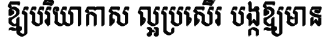
ឱ្យបរិយាកាស ល្អប្រសើរ បង្កឱ្យមាន